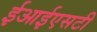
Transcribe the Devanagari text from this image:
ईआईएसटी